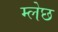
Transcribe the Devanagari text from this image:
म्लेछ